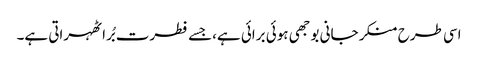
اسی طرح منکر جانی بوجھی ہوئی برائی ہے،جسے فطرت بُرا ٹھہراتی ہے۔